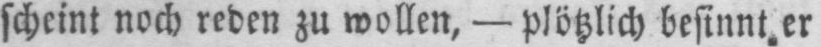
scheint noch reden zu wollen, - plötzlich besinnt er